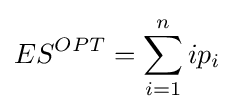
ES^{OPT}=\sum _{i=1}^{n}ip_{i}